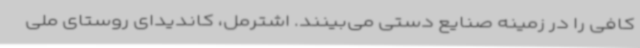
کافی را در زمینه صنایع دستی می‌بینند. اشترمل، کاندیدای روستای ملی